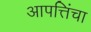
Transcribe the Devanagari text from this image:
आपत्तिंचा